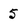
Character: 5